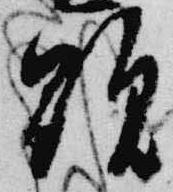
顕